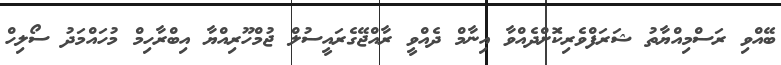
ބޭއްވި ރަސްމިއްޔާތު ޝަރަފްވެރިކަޮށްދެއްވާ އިނާމް ދެއްވީ ރާއްޖޭގެރައީސުލް ޖުމްހޫރިއްޔާ އިބްރާހިމް މުހައްމަދު ސޯލިހް